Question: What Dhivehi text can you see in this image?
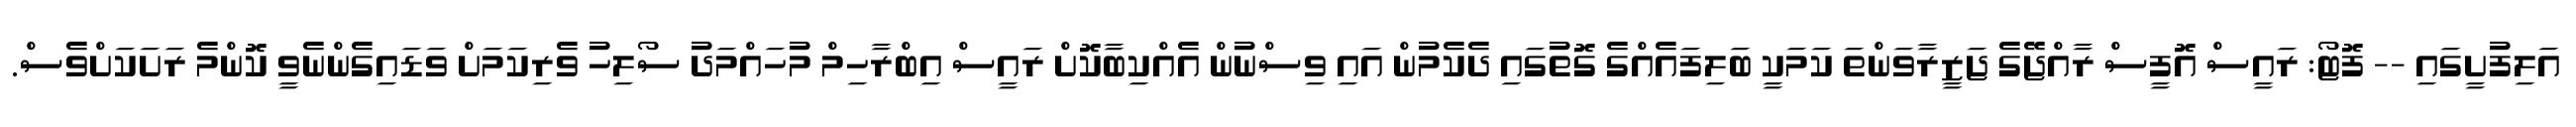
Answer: އަލިފުށީގައި -- ފޮޓޯ: ރައީސް އޮފީސް ރާއްޖޭގެ ޖަޒީރާވަންތަ ކަމަކީ ބަލިފައެއްގެ ގޮތުގައި ދެކެމުން އައި ވިސްނުން އެއްކިބާކޮށް ރައީސް އިބްރާހިމް މުހައްމަދު ސޯލިހު ވެރިކަމަށް ވަޑައިގެންނެވީ ކޮންމެ ރަށަކަށްވެސް.